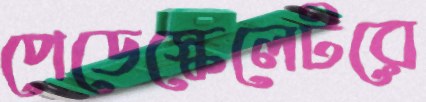
পেডেস্কেলেটরে